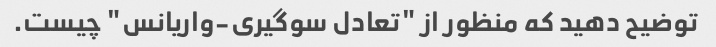
توضیح دهید که منظور از "تعادل سوگیری-واریانس" چیست.